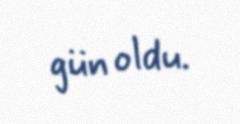
gün oldu.